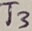
Text: T3